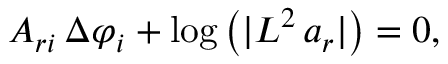
A _ { r i } \, \Delta \varphi _ { i } + \log \left( \vert L ^ { 2 } \, a _ { r } \vert \right) = 0 ,